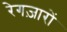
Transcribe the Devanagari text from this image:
रेगज़ारों